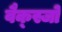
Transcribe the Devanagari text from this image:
वैक्स्जो